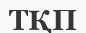
ТҚП